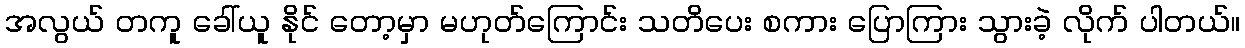
အလွယ် တကူ ခေါ်ယူ နိုင် တော့မှာ မဟုတ်ကြောင်း သတိပေး စကား ပြောကြား သွားခဲ့ လိုက် ပါတယ်။